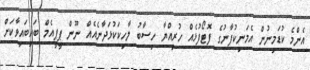
އެންމެ ކުޑަމިނުން އެމަނިކުފާނުގެ ފޮޓޯފުޅެއް ހުރިއްޔާ ހިސާބު ލާހިކަކުޅަދާނެއެއް ނޫން ޕީޕީއެމް ބައިބައިވާކަށް